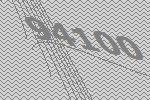
94100